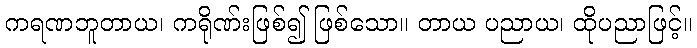
ကရဏဘူတာယ၊ ကရိုဏ်းဖြစ်၍ ဖြစ်သော။ တာယ ပညာယ၊ ထိုပညာဖြင့်။